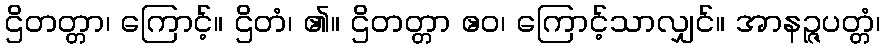
ဌိတတ္တာ၊ ကြောင့်။ ဌိတံ၊ ၏။ ဌိတတ္တာ ဧဝ၊ ကြောင့်သာလျှင်။ အာနဉ္ဇပတ္တံ၊